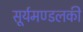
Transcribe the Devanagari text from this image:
सूर्यमण्डलकी